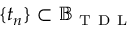
\{ t _ { n } \} \subset \mathbb { B } _ { \mathrm { ~ T ~ D ~ L ~ } }